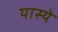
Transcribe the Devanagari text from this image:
यास्ये